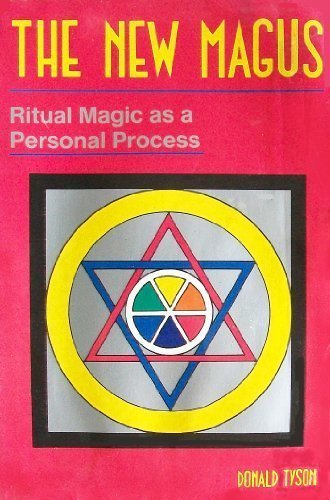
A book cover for The New Magus: Ritual Magic as a Personal Process (Llewellyn's High Magick); Donald Tyson; Health, Fitness & Dieting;